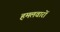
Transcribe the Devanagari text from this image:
हमलवारों